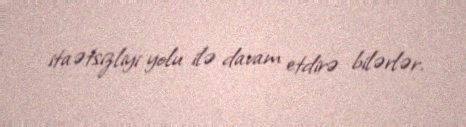
itaətsizliyi yolu ilə davam etdirə bilərlər.